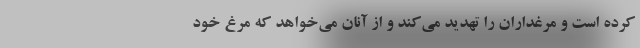
کرده است و مرغداران را تهدید می‌کند و از آنان می‌خواهد که مرغ خود